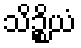
သိဉ္စိယံ